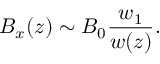
B _ { x } ( z ) \sim B _ { 0 } \frac { w _ { 1 } } { w ( z ) } .